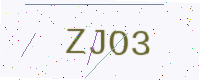
Text: ZJO3